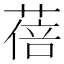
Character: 蓓